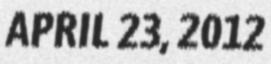
APRIL 23, 2012